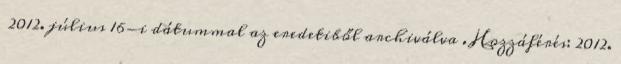
2012. július 16-i dátummal az eredetiből archiválva . Hozzáférés: 2012.